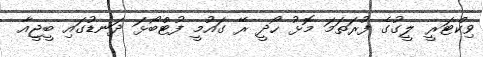
ވިކްޓަރީ ލީގުގެ ފުރަތަމަ މޮޅު ހޯދީ ރޭ ގައުމީ ފުޓްބޯޅަ ދަނޑުގައި ބީޖީއާ